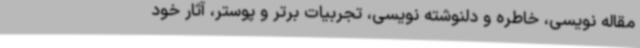
مقاله نویسی، خاطره و دلنوشته نویسی، تجربیات برتر و پوستر، آثار خود